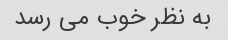
به نظر خوب می رسد